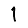
Digit: 1